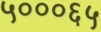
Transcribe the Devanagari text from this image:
५०००६५